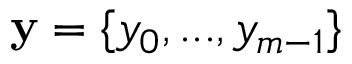
\mathbf { y } = \{ y _ { 0 } , . . . , y _ { m - 1 } \}